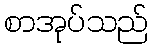
စာအုပ်သည်